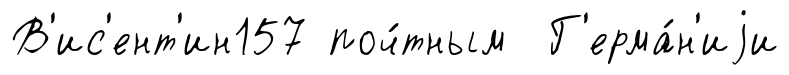
В'ис'ент'ин157 поч́тным Г'ерма́н'иjи